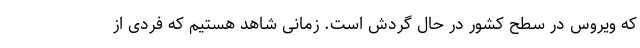
که ویروس در سطح کشور در حال گردش است. زمانی شاهد هستیم که فردی از